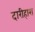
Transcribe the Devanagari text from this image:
दारीहारा